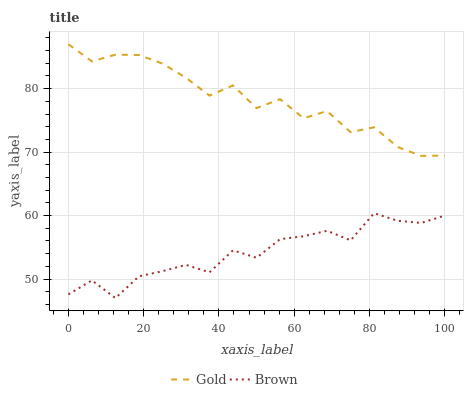
| xaxis_label | Gold | Brown |
 | --- | --- | --- |
 | 0 | 87 | 47.6 |
 | 6.25 | 84.3 | 49.8 |
 | 12.5 | 85.4 | 47 |
 | 18.8 | 85.3 | 50.4 |
 | 25 | 84 | 51.2 |
 | 31.2 | 81.7 | 52.2 |
 | 37.5 | 78.9 | 51.1 |
 | 43.8 | 80.5 | 54.5 |
 | 50 | 76.9 | 53.3 |
 | 56.2 | 78.3 | 56.3 |
 | 62.5 | 75.3 | 56.7 |
 | 68.8 | 76.5 | 57.6 |
 | 75 | 73.1 | 56.1 |
 | 81.2 | 73.9 | 60.4 |
 | 87.5 | 70.8 | 59.2 |
 | 93.8 | 69.4 | 58.8 |
 | 100 | 69.4 | 60 |